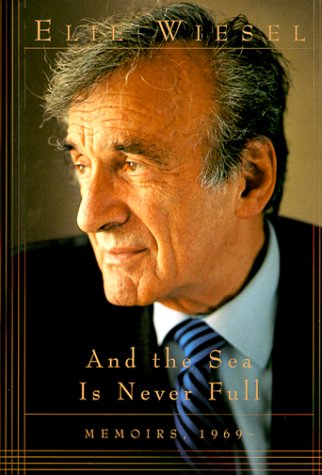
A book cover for And the Sea Is Never Full: Memoirs, 1969-; Elie Wiesel; Biographies & Memoirs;